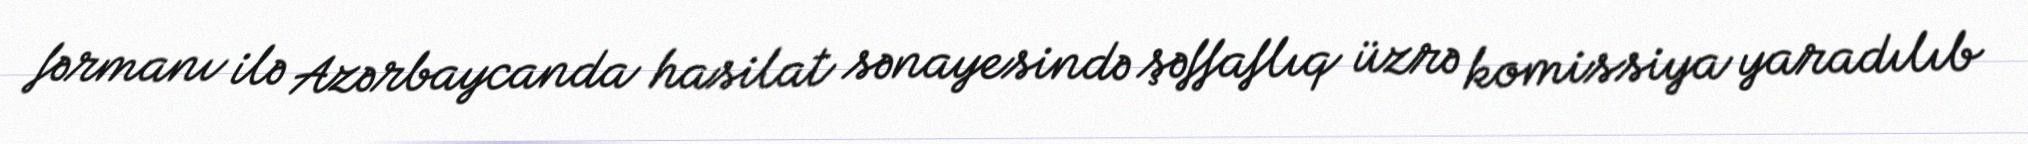
fərmanı ilə Azərbaycanda hasilat sənayesində şəffaflıq üzrə komissiya yaradılıb